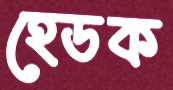
হেডক